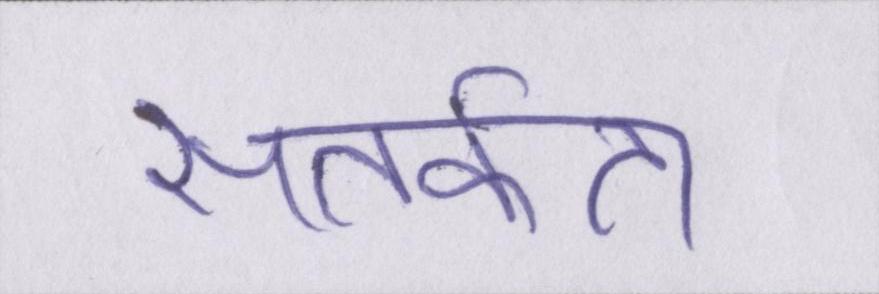
सतर्कता